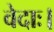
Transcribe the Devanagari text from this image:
वेदाः।